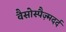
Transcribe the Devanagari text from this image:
वैसोस्पैज़्मदर्द